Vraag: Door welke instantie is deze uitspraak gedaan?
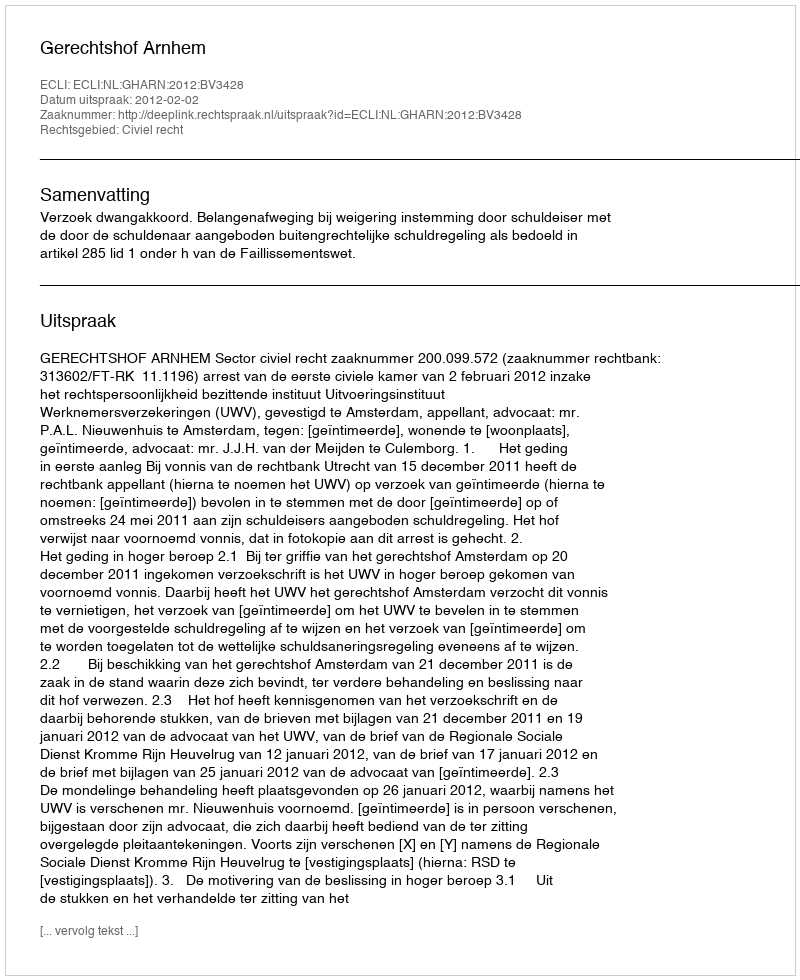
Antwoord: Gerechtshof Arnhem